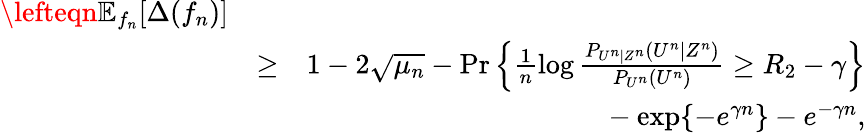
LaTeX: \begin{array}{rlr}{\lefteqn{\mathbb{E}_{f_{n}}[\Delta(f_{n})]}}\\ &{\ge}&{1-2\sqrt{\mu_{n}}-\operatorname*{Pr}\left\{ \frac{1}{n}\log\frac{P_{U^{n}|Z^{n}}(U^{n}|Z^{n})}{P_{U^{n}}(U^{n})}\ge R_{2}-\gamma\right\} }\\ &{}&{~~~-\exp\{ -e^{\gamma n}\} -e^{-\gamma n},}\end{array}